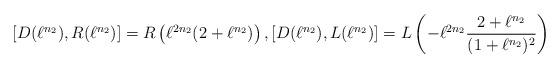
LaTeX: \begin{align*}\left[ D(\ell^{n_2}),R(\ell^{n_2}) \right]=R\left(\ell^{2n_2} (2+\ell^{n_2}) \right), \left[ D(\ell^{n_2}),L(\ell^{n_2}) \right]=L\left(-\ell^{2n_2} \frac{2+\ell^{n_2}}{(1+\ell^{n_2})^2} \right)\end{align*}